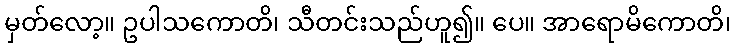
မှတ်လော့။ ဥပါသကောတိ၊ သီတင်းသည်ဟူ၍။ ပေ။ အာရောမိကောတိ၊